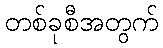
တစ်ခုစီအတွက်